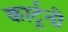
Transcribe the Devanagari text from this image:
कार्टूनी